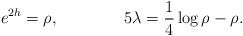
\begin{align*}e^{2h}=\rho, \qquad \qquad 5\lambda={1\over 4}\log{\rho} - \rho.\end{align*}